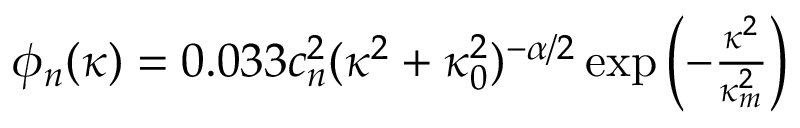
\begin{array} { r } { \phi _ { n } ( \kappa ) = 0 . 0 3 3 c _ { n } ^ { 2 } ( \kappa ^ { 2 } + \kappa _ { 0 } ^ { 2 } ) ^ { - \alpha / 2 } \exp \left( { - \frac { \kappa ^ { 2 } } { \kappa _ { m } ^ { 2 } } } \right) } \end{array}